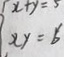
x y = 6